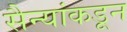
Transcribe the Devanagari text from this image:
सैन्यांकडून